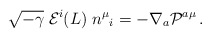
\begin{align*}\sqrt{-\gamma} \; {\cal E}^i (L) \; n^\mu{}_i =- \nabla_a {\cal P}^{a\mu}\,.\end{align*}